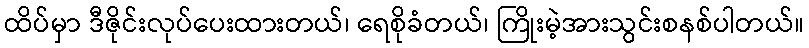
ထိပ်မှာ ဒီဇိုင်းလုပ်ပေးထားတယ်၊ ရေစိုခံတယ်၊ ကြိုးမဲ့အားသွင်းစနစ်ပါတယ်။